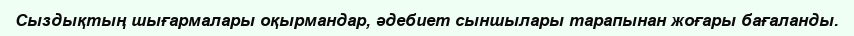
Сыздықтың шығармалары оқырмандар, әдебиет сыншылары тарапынан жоғары бағаланды.